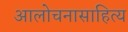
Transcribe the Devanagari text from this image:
आलोचनासाहित्य